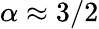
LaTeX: \alpha\approx 3/2